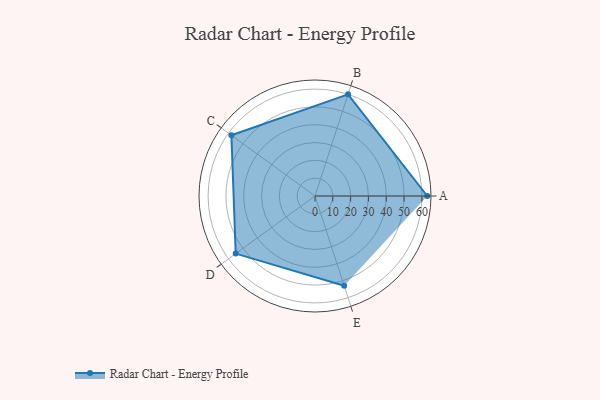
{"axis": {"x": "Skill", "y": "Score"}, "legend": ["Profile"], "data": [{"x": "A", "y": 63.0, "type": "Profile"}, {"x": "B", "y": 60.0, "type": "Profile"}, {"x": "C", "y": 58.0, "type": "Profile"}, {"x": "D", "y": 55.0, "type": "Profile"}, {"x": "E", "y": 53.0, "type": "Profile"}]}